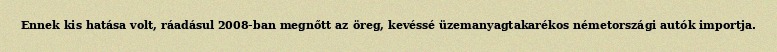
Ennek kis hatása volt, ráadásul 2008-ban megnőtt az öreg, kevéssé üzemanyagtakarékos németországi autók importja.